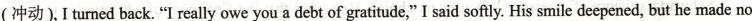
(冲动)Iturned back“I really owe you a debt of gratitude,”I said softly. His smile deepenedbut he made no